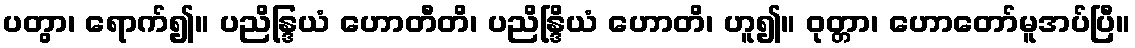
ပတွာ၊ ရောက်၍။ ပညိန္ဒြယံ ဟောတီတိ၊ ပညိန္ဒြိယံ ဟောတိ၊ ဟူ၍။ ဝုတ္တာ၊ ဟောတော်မူအပ်ပြီ။